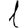
Digit: 1